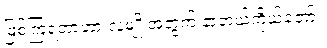
ဖြစ်ကြရတာဟာ လူမျိုးအတွက် နာတယ်ကိုယ်တော်။